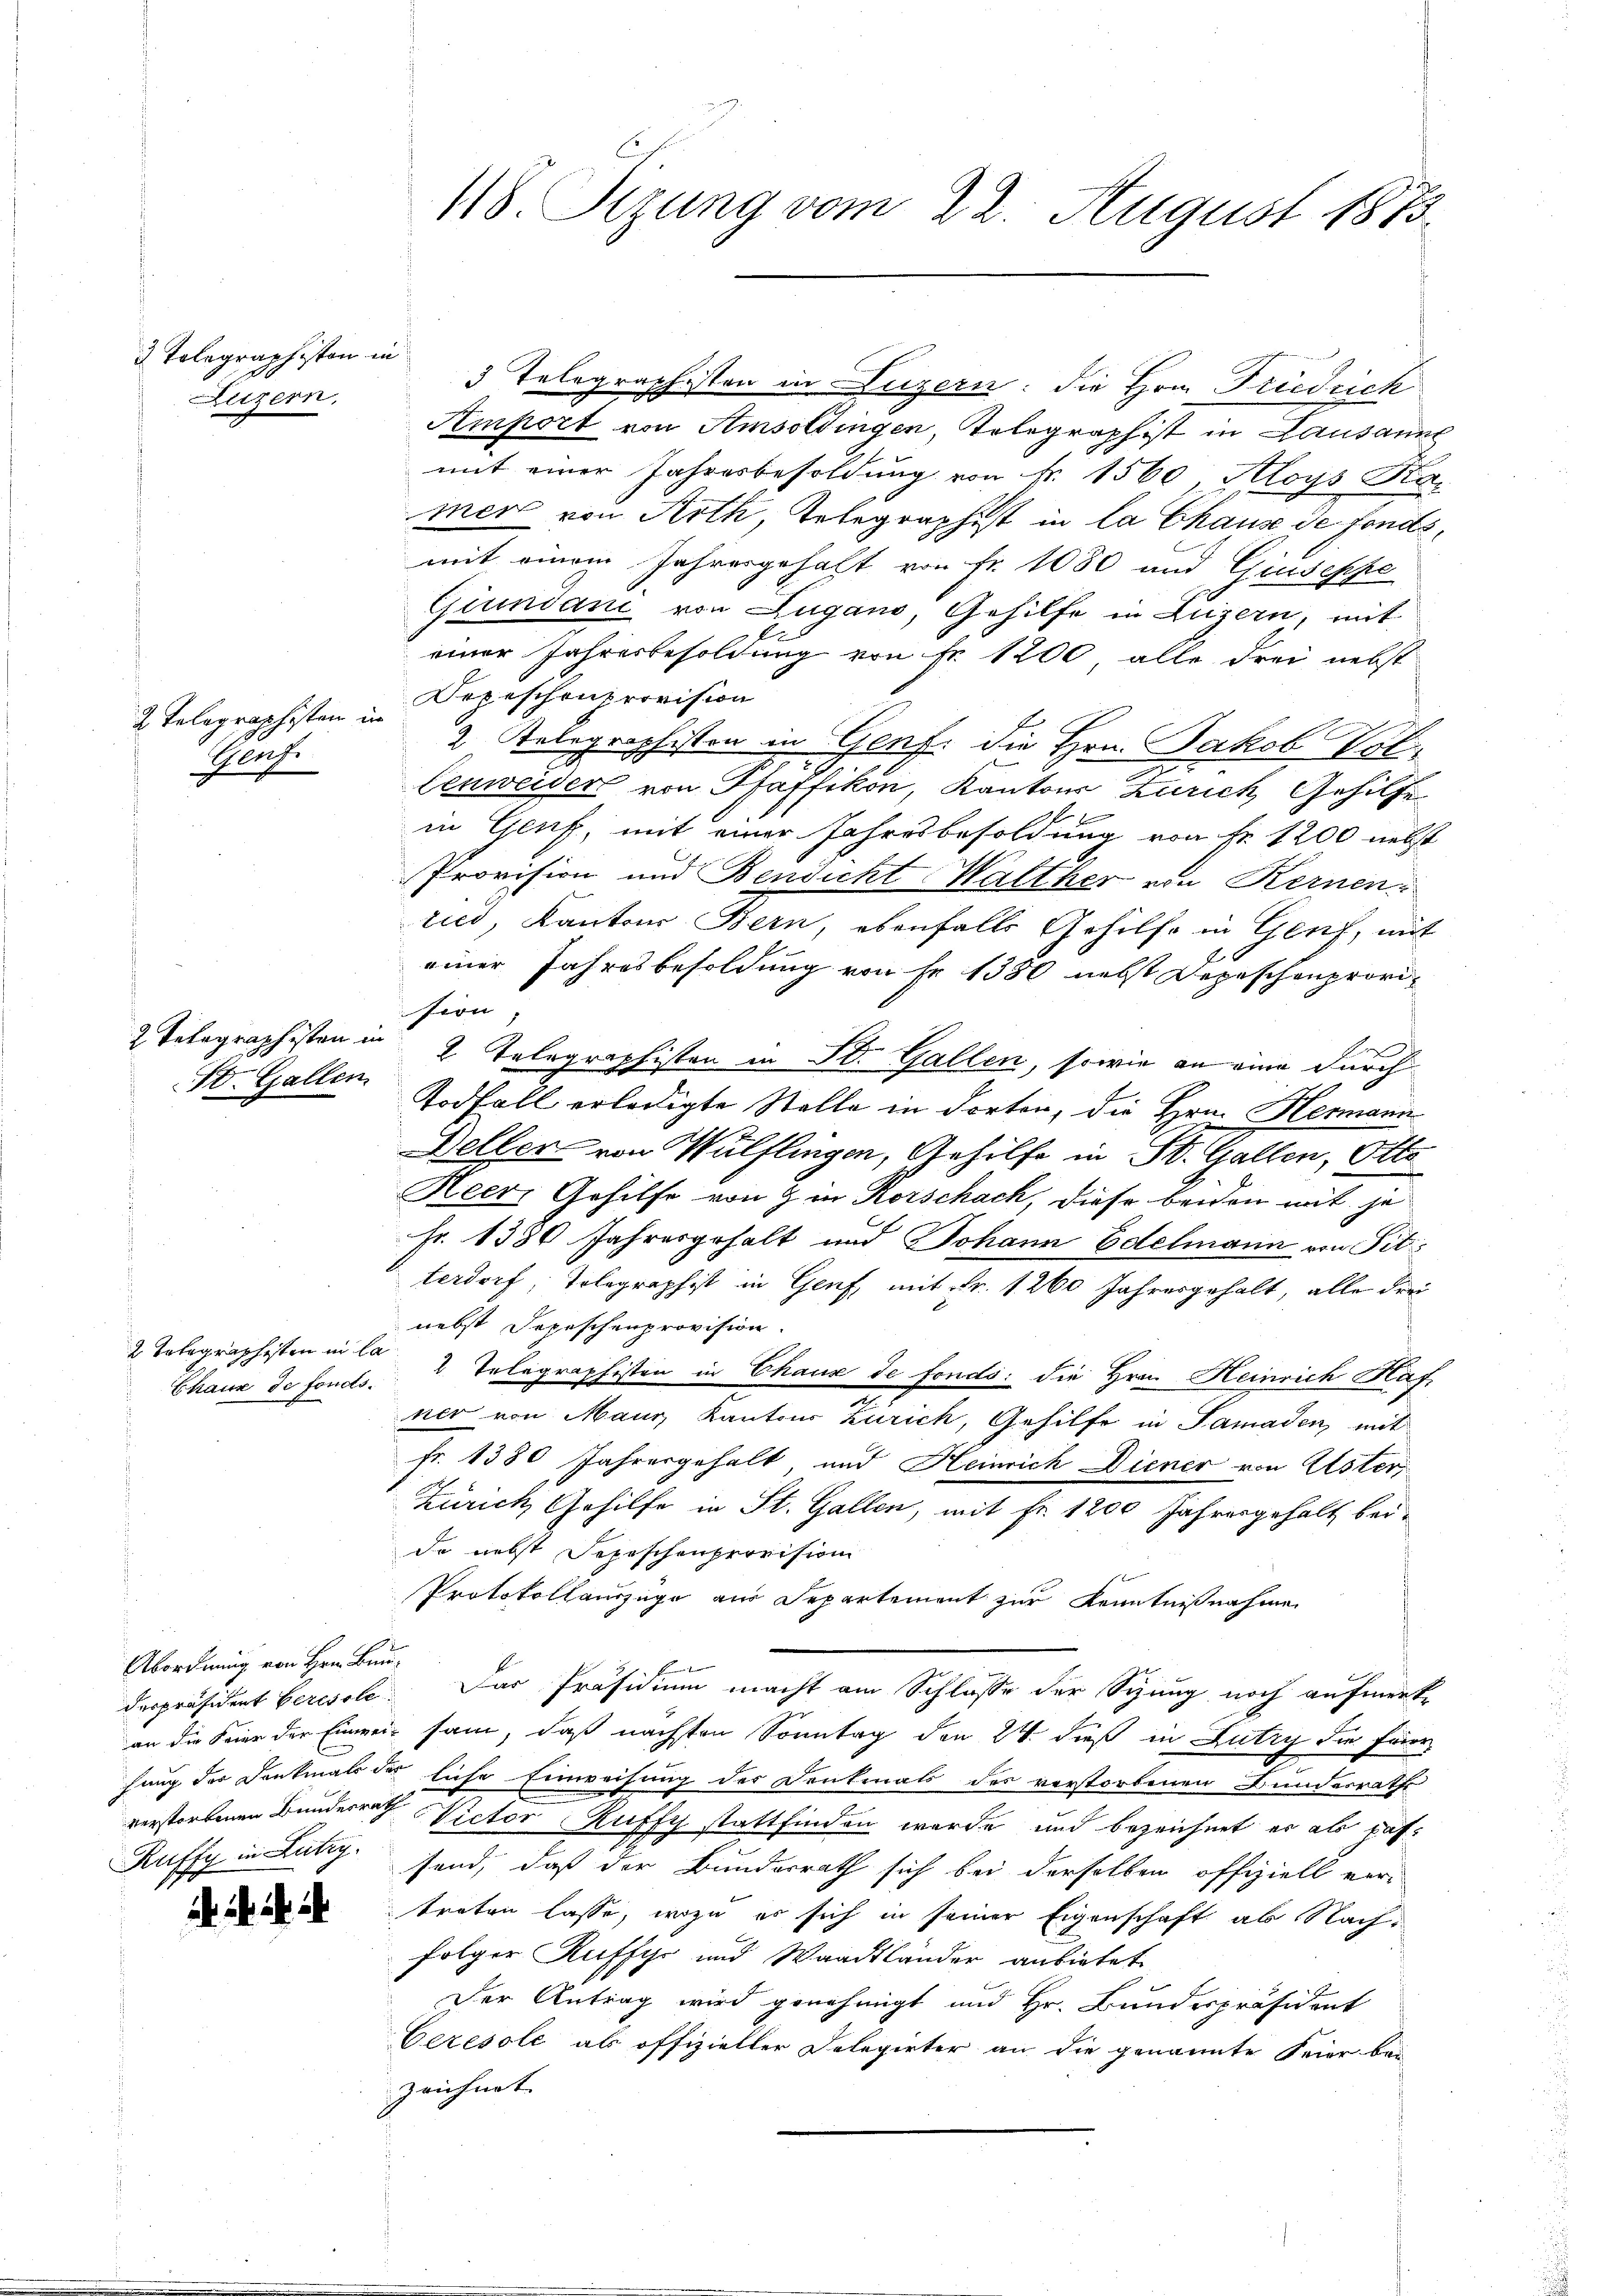
Telegraphisten in
Luzern.

2. Telegraphisten in
Genf.

2. Telegraphisten in
10. Gallen.

Abordnung von Hrn. Bun-
despräsident beresole.
Ruffy in Lutry.

2

2 Telegraphisten in be
Chaux de fonds.

a

118 Tizung vom 22. August 1873.

3 Telegraphisten in Luzern: die Hrn. Friedrich
Amport von Amsottingen, Telegraph ist in Lausanne
mit einer Jahresbesoldŭng von Fr. 1560 Aloys Ka
mer von Arth, Telegraphist in la Chause de fondsmit einem Jahresgehaft von Fr. 1080 und Giuseppe
Giuniani von Zugano, Gehilfe in Luzern, mit
einer Jahresbesoldung von Nr. 1200, alle drei nebst
Depeschon provision
2 Relegraphisten in Genf. die Hrn. Jakob Vol¬
Cenweider von Pfäffikon, Kantons Zürich, Gehilfe
in Genf, mit einer Jahresbesoldung von Fr. 1200 nebst
Provision und Bendicht Walther von Kernen
čici, Kantons Bern, ebenfalls Gehilfe in Genf, mit
einer Jahresbesoldung von Fr. 1380 nebst Depeschenprovision
2. Telegraphisten in St. Gallen, sowie an eine durch
Todfall erledigte Stelle in dorten, die Hrn. Hermann
Weller von Wülflingen, Gehilfe in St. Gallen, Otte
Heer, Gehilfe von 9 in Korschach, diese beiden mit je
Fr. 1380 Jahresgehalt und Johann Edelmann von Sit
terdorf, Tolographist in Genf, mit Fr. 1260 Jahresgehalt, alle drei
nebst Depeschenprovision.
2 Telegraphisten in Chaux de fonds: die Hrn. Heinrich Haf
2
ner von Mann Kantons Zürich, Gehilfe in Samaden, mit
fr. 1380 Jahresgehalt, und Heinrich Diener von Uster,
Zürich Gehilfe in St. Gallen, mit Fr. 1200 Jahresgehalt bei-
de nebst Sepeschenprovision
Protokollauszüge aus Departement zur Kenntnißnahme
f
Das Präsidium macht am Schlusse der Sizung noch aufmerk-
an die Feier der Einwei- sam, daß nächsten Sonntag den 24. dieß in Lutry die Feier
hung der Dankmals der liche Einweisung der Denkmals des verstorbenen Bundesrathe
verstorbenen Bundesrath Victor Ruffy stattfinden wurde und bezeichnet er als ras
send, daß der Bunderrath sich bei derselben offiziell ver-
treten lasse, wozu es sich in seiner Eigenschaft ab Nach-
folger Ruffyr und Waadtländer anbietet
Der Antrag wird genehmigt und Hr. Bundespräsident
Ceresole als offizieller Delegirter an die genannte Feier bei
zeichnet.